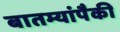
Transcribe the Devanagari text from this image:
बातम्यांपैकी